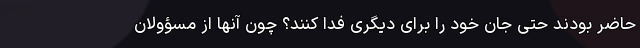
حاضر بودند حتی جان خود را برای دیگری فدا کنند؟ چون آنها از مسؤولان